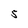
Character: 5